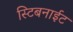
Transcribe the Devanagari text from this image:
स्टिबनाईट